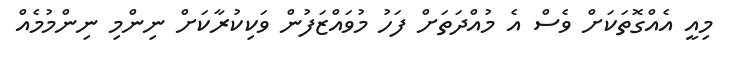
މިއީ އެއްގޮތަކަށް ވެސް އެ މުއްދަތަށް ފަހު މުވައްޒަފުން ވަކިކުރާކަށް ނިންމި ނިންމުމެއް